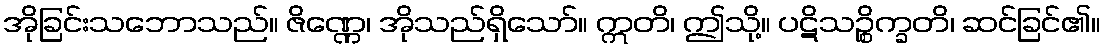
အိုခြင်းသဘောသည်။ ဇိဏ္ဏေ၊ အိုသည်ရှိသော်။ ဣတိ၊ ဤသို့။ ပဋိသဉ္စိက္ခတိ၊ ဆင်ခြင်၏။